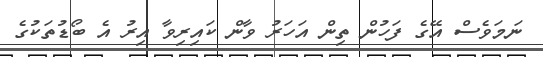
ނަމަވެސް އޭގެ ފަހުން ތިން އަހަރު ވާން ކައިރިވާ އިރު އެ ބޯޑުތަކުގެ